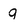
Character: 9